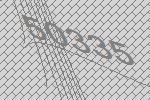
50335